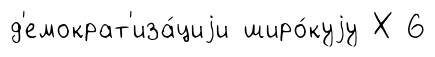
д'емократ'иза́циjи широ́куjу Х 6